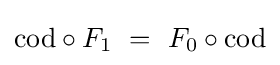
{\text{cod}}\circ F_{1}\ =\ F_{0}\circ {\text{cod}}